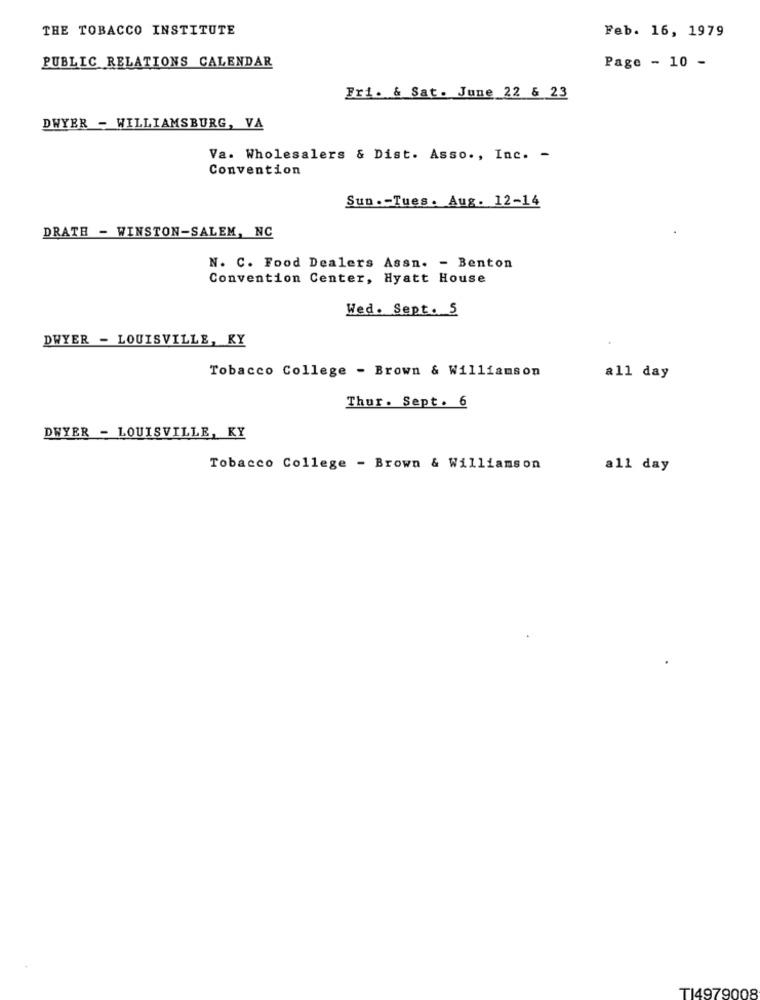
THE TOBACCO INSTITUTE
Feb. 16, 1979
PUBLIC RELATIONS CALENDAR
Page - 10 -
Fri. & Sat. June 22 & 23
DWYER - WILLIAMSBURG, VA
Va. Wholesalers & Dist. Asso ., Inc. -
Convention
Sun .- Tues. Aug. 12-14
DRATH - WINSTON-SALEM, NC
N. C. Food Dealers Assn. - Benton
Convention Center, Hyatt House
Wed. Sept. 5
DWYER - LOUISVILLE, KY
Tobacco College - Brown & Williamson
all day
Thur. Sept. 6
DWYER - LOUISVILLE, KY
Tobacco College - Brown & Williamson
all day
TI4979008